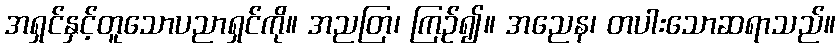
အရှင်နှင့်တူသောပညာရှင်ကို။ အညတြ၊ ကြဉ်၍။ အညေန၊ တပါးသောဆရာသည်။